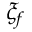
\xi _ { f }